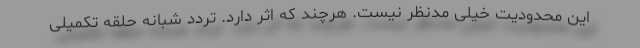
این محدودیت خیلی مدنظر نیست. هرچند که اثر دارد. تردد شبانه حلقه تکمیلی